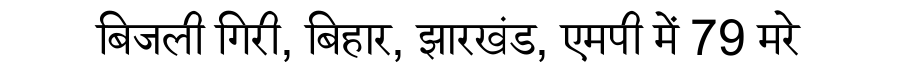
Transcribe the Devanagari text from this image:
बिजली गिरी, बिहार, झारखंड, एमपी में 79 मरे